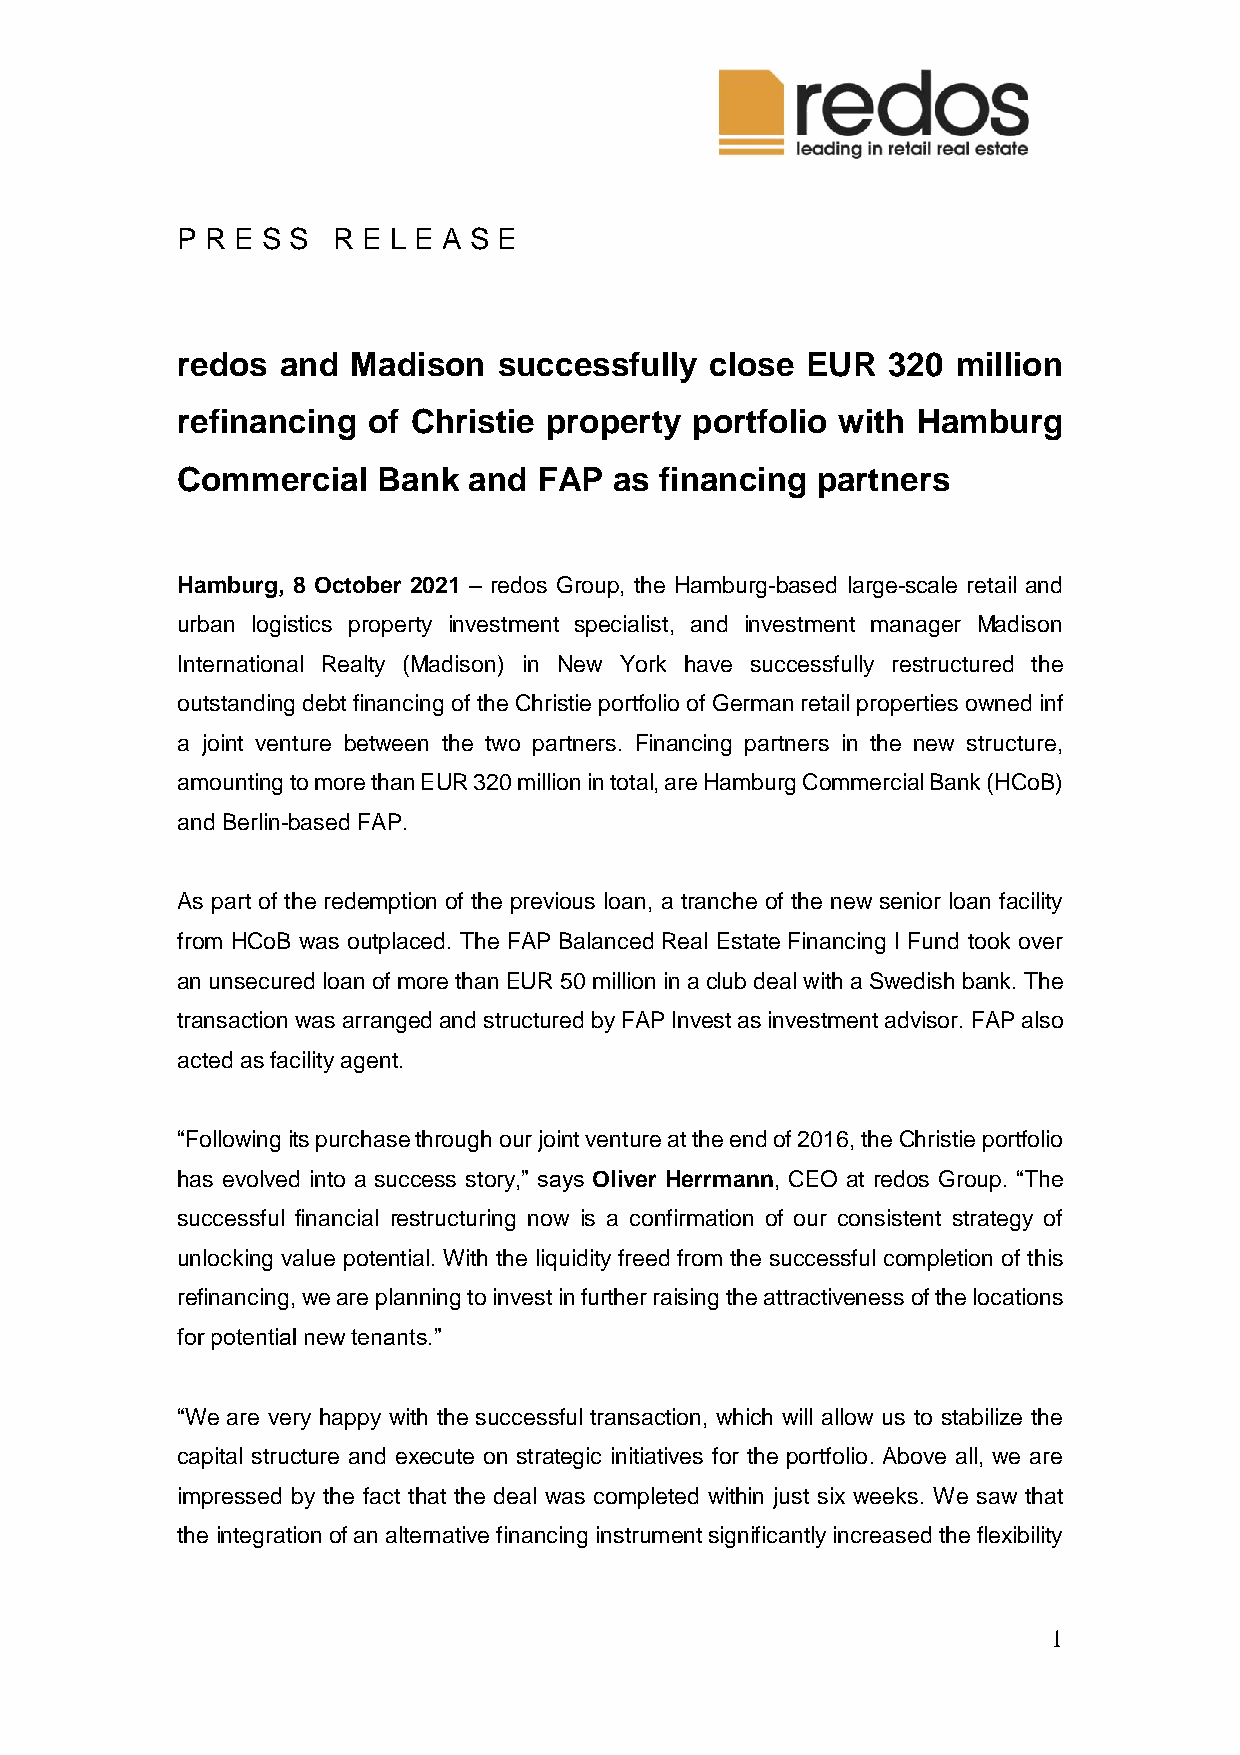
P R E S S R E L E A S E
 redos  and Madison   successfully  close EUR   320 million
 refinancing of Christie property  portfolio with Hamburg
 Commercial   Bank  and  FAP  as financing partners
 Hamburg, 8 October 2021 – redos Group, the Hamburg-based large-scale retail and
 urban logistics property investment specialist, and investment manager Madison
 International Realty (Madison) in New York have successfully restructured the
 outstanding debt financing of the Christie portfolio of German retail properties owned inf
 a joint venture between the two partners. Financing partners in the new structure,
 amounting to more than EUR 320 million in total, are Hamburg Commercial Bank (HCoB)
 and Berlin-based FAP.
 As part of the redemption of the previous loan, a tranche of the new senior loan facility
 from HCoB was outplaced. The FAP Balanced Real Estate Financing I Fund took over
 an unsecured loan of more than EUR 50 million in a club deal with a Swedish bank. The
 transaction was arranged and structured by FAP Invest as investment advisor. FAP also
 acted as facility agent.
 “Following its purchase through our joint venture at the end of 2016, the Christie portfolio
 has evolved into a success story,” says Oliver Herrmann, CEO at redos Group. “The
 successful financial restructuring now is a confirmation of our consistent strategy of
 unlocking value potential. With the liquidity freed from the successful completion of this
 refinancing, we are planning to invest in further raising the attractiveness of the locations
 for potential new tenants.”
 “We are very happy with the successful transaction, which will allow us to stabilize the
 capital structure and execute on strategic initiatives for the portfolio. Above all, we are
 impressed by the fact that the deal was completed within just six weeks. We saw that
 the integration of an alternative financing instrument significantly increased the flexibility
 1